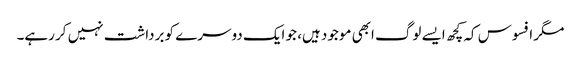
مگر افسوس کہ کچھ ایسے لوگ ابھی موجود ہیں، جو ایک دوسرے کو برداشت نہیں کر رہے۔